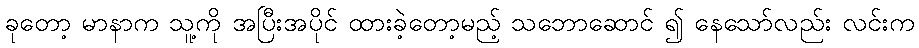
ခုတော့ မာနာက သူ့ကို အပြီးအပိုင် ထားခဲ့တော့မည့် သဘောဆောင် ၍ နေသော်လည်း လင်းက